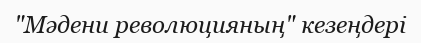
"Мәдени революцияның" кезеңдері